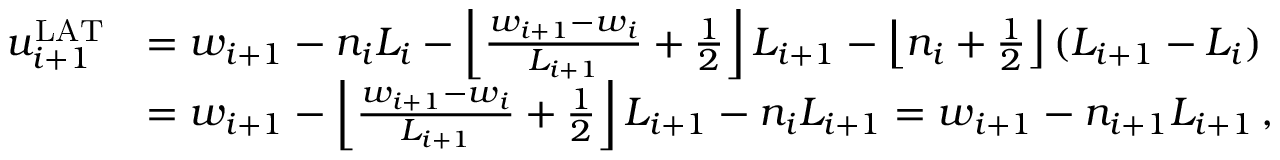
\begin{array} { r l } { u _ { i + 1 } ^ { \mathrm { L A T } } } & { = w _ { i + 1 } - n _ { i } L _ { i } - \left\lfloor \frac { w _ { i + 1 } - w _ { i } } { L _ { i + 1 } } + \frac { 1 } { 2 } \right\rfloor L _ { i + 1 } - \left\lfloor n _ { i } + \frac { 1 } { 2 } \right\rfloor ( L _ { i + 1 } - L _ { i } ) } \\ & { = w _ { i + 1 } - \left\lfloor \frac { w _ { i + 1 } - w _ { i } } { L _ { i + 1 } } + \frac { 1 } { 2 } \right\rfloor L _ { i + 1 } - n _ { i } L _ { i + 1 } = w _ { i + 1 } - n _ { i + 1 } L _ { i + 1 } \, , } \end{array}